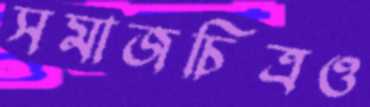
সমাজচিত্রও